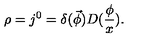
\rho = j ^ { 0 } = \delta ( \vec { \phi } ) D ( \frac \phi x ) .